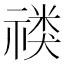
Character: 𱵟